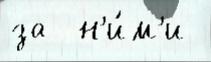
за  н'и́м'и